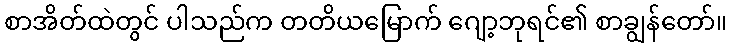
စာအိတ်ထဲတွင် ပါသည်က တတိယမြောက် ဂျော့ဘုရင်၏ စာချွန်တော်။